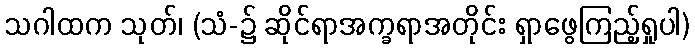
သဂါထက သုတ်၊ (သံ-၌ ဆိုင်ရာအက္ခရာအတိုင်း ရှာဖွေကြည့်ရှုပါ)